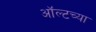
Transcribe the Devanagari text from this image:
ऑल्टच्या